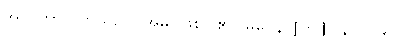
အာဂတာ၊ လာသည်။ အမှိ၊ ဖြစ်ပါ၏။ မဂ္ဂေန၊ [၀၁] (နိ၊ ၂၇၉)